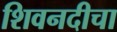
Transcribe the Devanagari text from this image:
शिवनदीचा